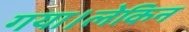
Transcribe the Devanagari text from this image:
गया।लेकिन